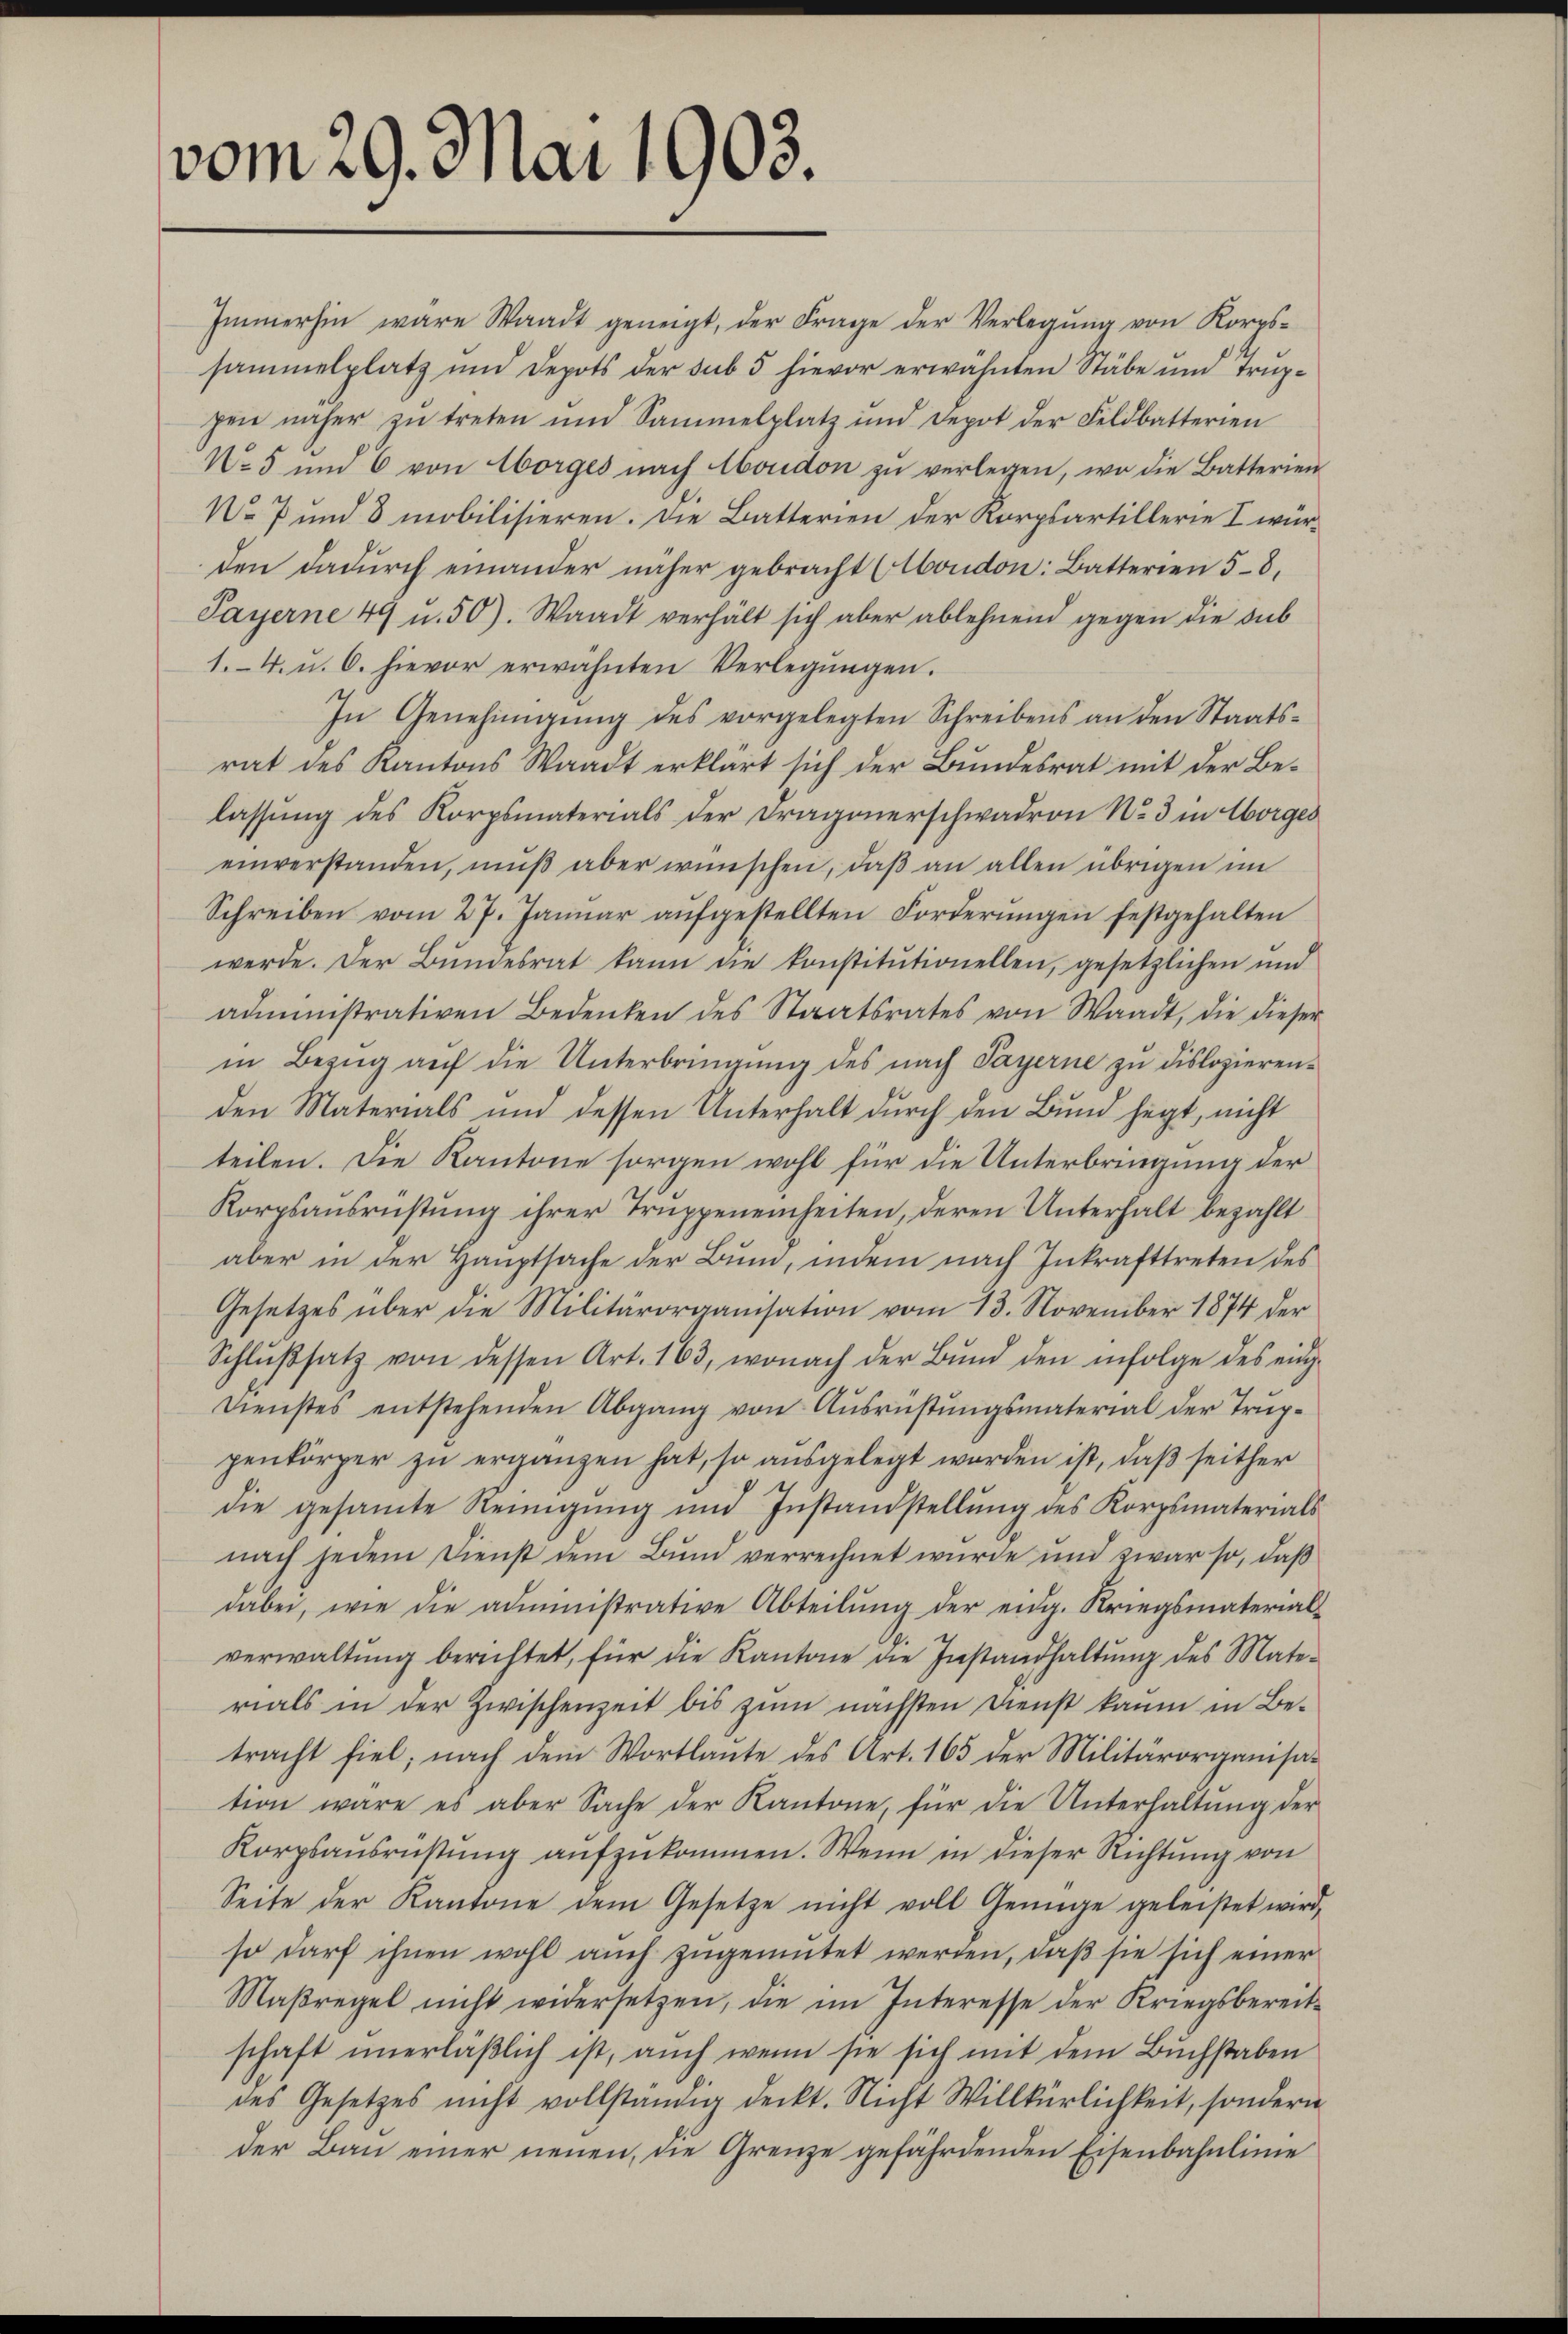
vom 29. Mai 1903.

1.4. u. 6. hievor erwähnten Verlegŭngen.
rat des Kantons Waadt erklärt sich der Bundesrat mit der Be-
lassŭng des Korpsmaterials der Dragonerschwadron No. 3 in Horges
einverstanden mŭβ aber wünschen, daβ an allen übrigen im
Schreiben vom 27. Janŭar aŭfgestellten Forderŭngen festgehalten
werde. Der Bŭndesrat kann die konstitŭtionellen, gesetzlichen und
administrativen Bedenken des Staatsrates von Waadt, die dieser
in Bezug auf die Unterbringung des nach Payerne zu dislozierenden Materials und dessen Unterhalt durch den Bund hegt, nicht
teilen. Die Kantone sorgen wohl für die Unterbringung der
Korpsausrüstung ihrer Truppeneinheiten, deren Unterhalt bezahlt
aber in der Hauptsache der Bund, indem nach Inkrafttreten des
Gesetzes über die Militärorganisation vom 13. November 1874 der
Schlŭβsatz von dessen Art. 163, wonach der Bŭnd den infolge des eing
Dienstes entstehenden Abgang von Ausrüstŭngsmaterial der Truppenkörper zŭ ergänzen hat, so ausgelegt worden ist, daß seither
die gesamte Reinigŭng und Instandstellŭng des Korpsmaterials
nach jedem Dienst dem Bund verrechnet wurde und zwar so, daß
dabei, wie die administrative Abteilung der eidg. Kriegsmaterialverwaltŭng berichtet, für die Kantone die Instandhaltŭng des Mate-
rials in der Zwischenzeit bis zum nächsten Dienst kaum in Be-
tracht fiel, nach dem Wortlaute des Art. 165 der Militärorganisa-
tion wäre es aber Sache der Kantone, für die Unterhaltŭng der
Korpsaŭsrüstŭng aŭfzŭkommen. Wenn in dieser Richtŭng von
Seite der Kantone dem Gesetze nicht voll Genüge geleistet wird,
so darf ihnen wohl aŭch zŭgemütet werden, daβ sie sich einer
Maβregel nicht widersetzen, die im Interesse der Kriegsbereitschaft unerlaβlich ist, auch wenn sie sich mit dem Buchstaben
des Gesetzes nicht vollständig deckt. Nicht Willkürlichkeit, sondern
der Bau einer neuen, die Grenze gefährdenden Eisenbahnlinie

Immerhin wäre Waadt geneigt, der Frage der Verlegŭng von Koros-
sammelplatz und Depots der sub 5 hievor erwähnten Stäbe und Trup-
pene näher zŭ treten und Sammelplatz und Depot der Feldbatterien
No 5 und 6 von Morges nach Moudon zŭ verlegen, wo die Batterien
No 7 und 8 mobilisieren. Die Batterien der Korpsartillerie I würden dadurch einander näher gebracht (Moudon: Batterien 58,
Payerne 49 u. 50). Waadt verhält sich aber ablehnend gegen die Sub
In Genehmigŭng des vorgelegten Schreibens an den Staats¬